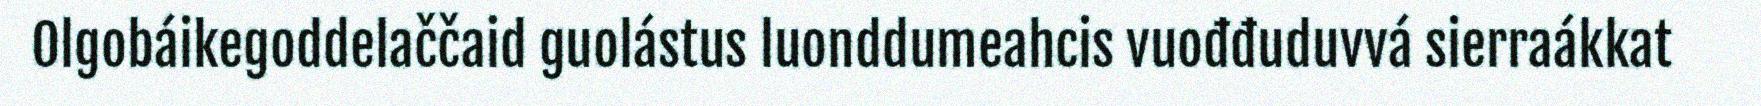
Olgobáikegoddelaččaid guolástus luonddumeahcis vuođđuduvvá sierraákkat